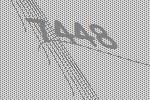
7448